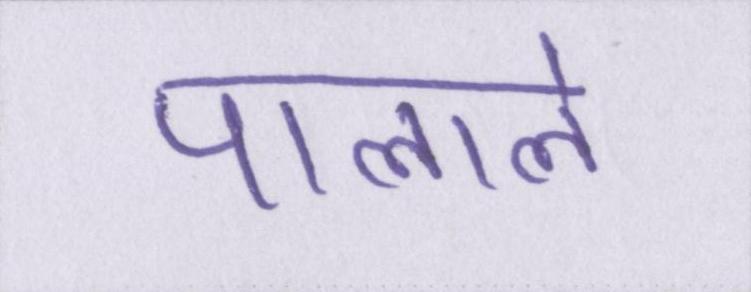
पाताले